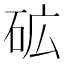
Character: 砿